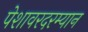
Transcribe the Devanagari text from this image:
पेशावरदरम्यान